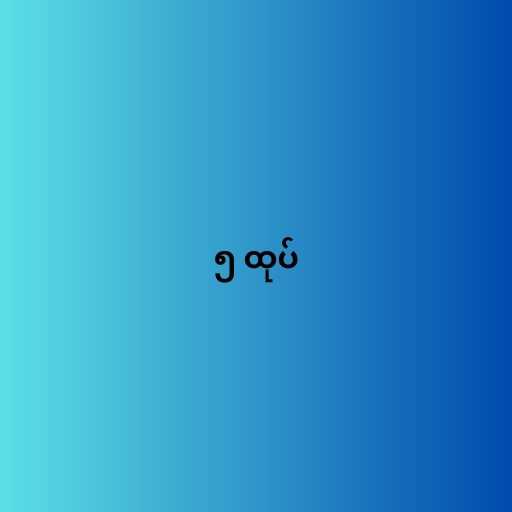
၅ ထုပ်